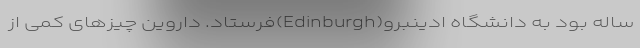
ساله بود به دانشگاه ادینبرو(Edinburgh)فرستاد. داروین چیزهای کمی از